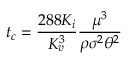
t _ { c } = \frac { 2 8 8 K _ { i } } { K _ { v } ^ { 3 } } \frac { \mu ^ { 3 } } { \rho \sigma ^ { 2 } \theta ^ { 2 } }